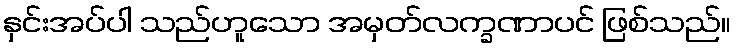
နှင်းအပ်ပါ သည်ဟူသော အမှတ်လက္ခဏာပင် ဖြစ်သည်။